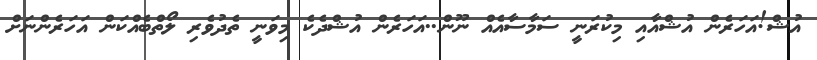
އުޝް!އަހަރެން އުޝްއާއި މިކުރަނީ ސަމާސާއެއް ނޫން..އަހަރެން އުޝްދެކެ މިވަނީ ތެދުވެރި ލޯތްބެއްކަން އަހަރެންނަށް